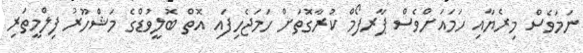
ނަމަވެސް މިރެޔާއި ހަަމައަށްވެސް ޕާރފޯމް ކުރާގޮތަށް ހަމަޖެހިފައި އޮތް ބޮލީވުޑްގެ މަޝްހޫރު ފިލްމީތަރި